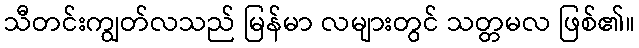
သီတင်းကျွတ်လသည် မြန်မာ လများတွင် သတ္တမလ ဖြစ်၏။